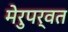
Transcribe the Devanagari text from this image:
मेरुपर्वत